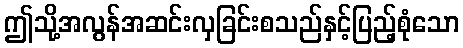
ဤသို့အလွန်အဆင်းလှခြင်းစသည်နှင့်ပြည့်စုံသော